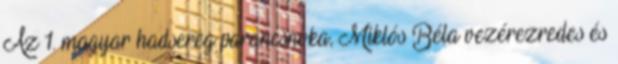
Az 1. magyar hadsereg parancsnoka, Miklós Béla vezérezredes és